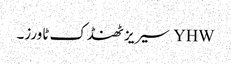
YHW سیریز ٹھنڈک ٹاورز۔